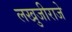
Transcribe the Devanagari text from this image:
लखुजीराजे